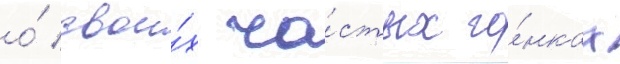
о́ свои́х ча́стых го́нках